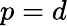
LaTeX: p=d